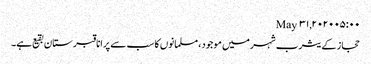
May ۳۱, ۲۰۲۰ ۰۵:۰۰
حجاز کے یثرب شہرمیں موجود، مسلمانوں کا سب سے پرانا قبرستان بقیع ہے۔